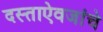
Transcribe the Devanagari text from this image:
दस्ताऐवजांचे